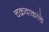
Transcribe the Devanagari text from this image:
चक्रवाकांचे